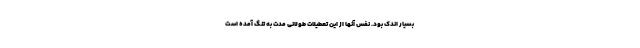
بسیار اندک بود. نفس آنها از این تعطیلات طولانی مدت به تنگ آمده است